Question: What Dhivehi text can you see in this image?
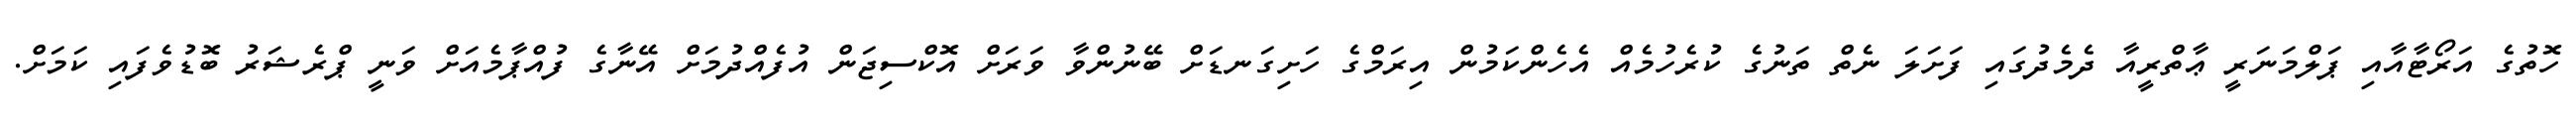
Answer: ހޮތުގެ އަރޯޓާއާއި ޕަލްމަނަރީ ޢާތްރީއާ ދެމެދުގައި ފަށަލަ ނެތް ތަނުގެ ކުރެހުމެއް އެހެންކަމުން އިރަމްގެ ހަށިގަނޑަށް ބޭނުންވާ ވަރަށް އޮކްސިޖަން އުފެއްދުމަށް އޭނާގެ ފުއްޕާމެއަށް ވަނީ ޕްރެޝަރު ބޮޑުވެފައި ކަމަށް.